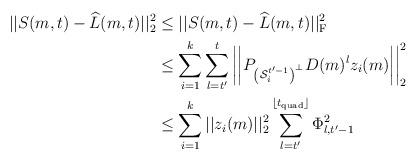
LaTeX: \begin{align*} ||S(m,t) - \widehat{L}(m, t)||_2^2 & \leq ||S(m,t) - \widehat{L}(m, t)||_{\rm F}^2 \\ & \leq \sum_{i=1}^k \sum_{l=t'}^{t} \left| \left| P_{\left({\mathcal S}_i^{t' - 1}\right)^\perp} D(m)^{l} z_i(m) \right| \right|_2^2 \\& \leq \sum_{i=1}^k ||z_i(m)||_2^2 \sum_{l=t'}^{\lfloor t_{\rm quad} \rfloor} \Phi_{l, t'-1}^2 \end{align*}